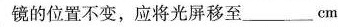
镜的位置不变，应将光屏移至____cm